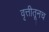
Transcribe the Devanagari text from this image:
वृत्तीतूनच